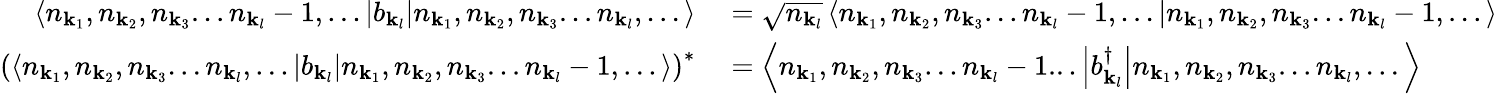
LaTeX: \begin{array}{rl}{\left\langle n_{\mathbf{k}_{1}},n_{\mathbf{k}_{2}},n_{\mathbf{k}_{3}}...n_{\mathbf{k}_{l}}-1,...\left|b_{\mathbf{k}_{l}}\right|n_{\mathbf{k}_{1}},n_{\mathbf{k}_{2}},n_{\mathbf{k}_{3}}...n_{\mathbf{k}_{l}},...\right\rangle}&{{}={\sqrt{n_{\mathbf{k}_{l}}}}\left\langle n_{\mathbf{k}_{1}},n_{\mathbf{k}_{2}},n_{\mathbf{k}_{3}}...n_{\mathbf{k}_{l}}-1,...|n_{\mathbf{k}_{1}},n_{\mathbf{k}_{2}},n_{\mathbf{k}_{3}}...n_{\mathbf{k}_{l}}-1,...\right\rangle}\\ {\left(\left\langle n_{\mathbf{k}_{1}},n_{\mathbf{k}_{2}},n_{\mathbf{k}_{3}}...n_{\mathbf{k}_{l}},...\left|b_{\mathbf{k}_{l}}\right|n_{\mathbf{k}_{1}},n_{\mathbf{k}_{2}},n_{\mathbf{k}_{3}}...n_{\mathbf{k}_{l}}-1,...\right\rangle\right)^{*}}&{{}=\left\langle n_{\mathbf{k}_{1}},n_{\mathbf{k}_{2}},n_{\mathbf{k}_{3}}...n_{\mathbf{k}_{l}}-1...\left|b_{\mathbf{k}_{l}}^{\dagger}\right|n_{\mathbf{k}_{1}},n_{\mathbf{k}_{2}},n_{\mathbf{k}_{3}}...n_{\mathbf{k}_{l}},...\right\rangle}\end{array}